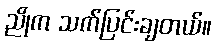
ညိုက သက်ပြင်းချတယ်။